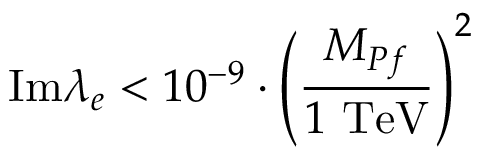
\mathrm { I m } \lambda _ { e } < 1 0 ^ { - 9 } \cdot \left( { \frac { M _ { P f } } { 1 ~ \mathrm { T e V } } } \right) ^ { 2 }